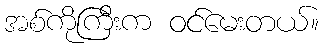
အစ်ကိုကြီးက ဝင်မေးတယ်။